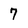
Character: 7